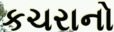
કચરાનો